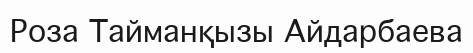
Роза Тайманқызы Айдарбаева